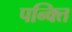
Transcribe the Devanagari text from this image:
पन्क्ति